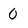
Character: 0